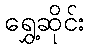
ရွှေ့ဆိုင်း